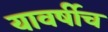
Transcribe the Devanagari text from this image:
यावर्षीच